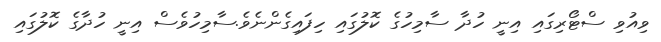
ވިއުވި ސްޓޯރިގައި އިނީ ހުދާ ސާމިހުގެ ކޮލުގައި ހިފައިގެންނެވެ.ސާމިހުވެސް އިނީ ހުދާގެ ކޮލުގައި